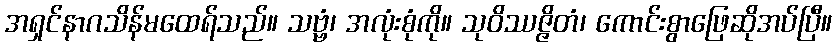
အရှင်နာဂသိန်မထေရ်သည်။ သဗ္ဗံ၊ အလုံးစုံကို။ သုဝိဿဇ္ဇိတံ၊ ကောင်းစွာဖြေဆိုအပ်ပြီ။